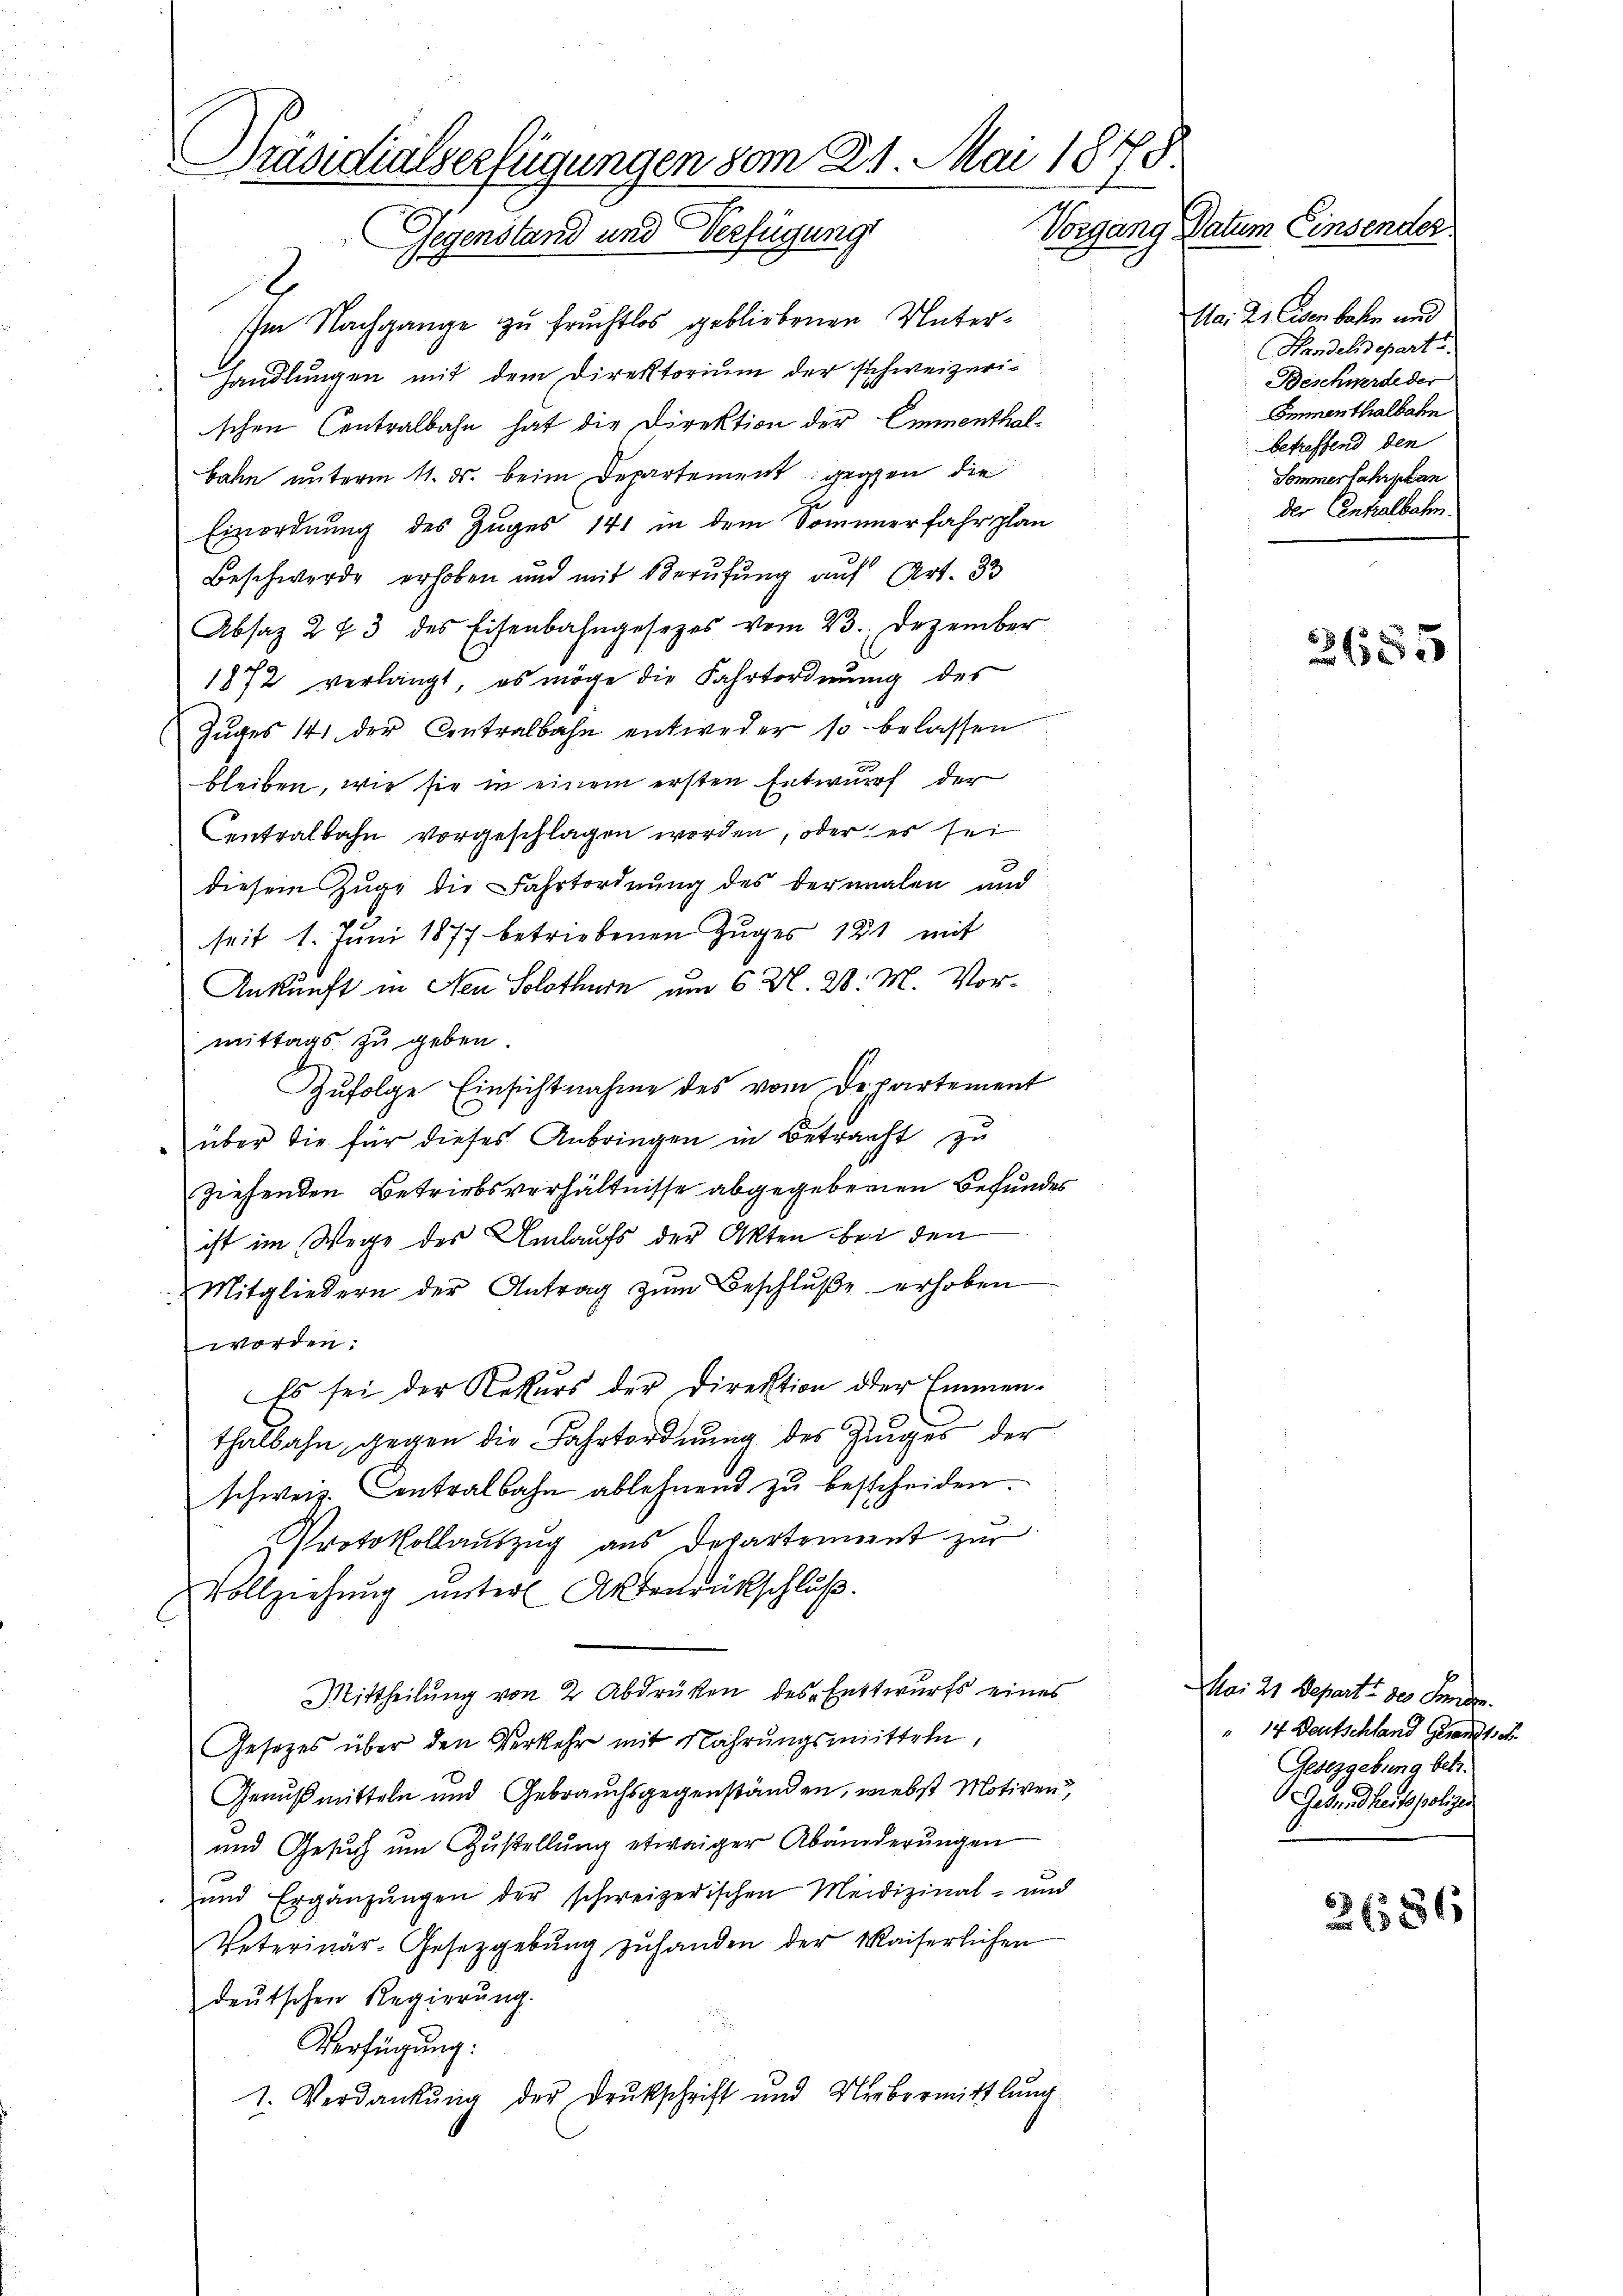
Präsidialverfügungen vom 21. Mai 1848.
Vorgang Datum Einsender
Gegenstand und Verfügung

Im Nachgange zu fruchtlos gebliebenen Unterhandlungen mit dem Direktorium der schweizerischen Centralbahn hat die Direktion der Emmenthalbahn unterm 11. ds. beim Departement gegen die
Einordnung des Zuges 141 in dem Sommerfahrplan
Beschwerde erhoben und mit Berufung auf Art. 33
Absaz 2 & 3 des Eisenbahngesetzes vom 23. Dezember
1872 verlangt, es möge die Fahrtordnung des
Zuges 14 der Centralbahn entweder so belassen
bleiben, wie sie in einem ersten Entwurf der
Centralbahn vorgeschlagen worden, oder es sei
diesem Zuge die Fahrtordnung des dermalen und
seit 1. Juni 1877 betriebenen Zuges 121 mit
Ankunft in Neu Solothurn um 6 N. 28. M. Vormittags zu geben
Zufolge Einsichtnahme des vom Departement
 über die für dieses Anbringen in Betracht zu
ziehenden Betriebsverhältnisse abgegebenen Befundes
ist im Wege des Umlaufs der Akten bei den
Mitgliedern der Antrag zŭm Beschlŭβe erhoben
worden:
Es sei der Rekurs der Direktion der Emmenthalbahn gegen die Fahrtordnung des Zuges der
schweiz. Centralbahn ablehnend zu bescheiden.
Protokollauszug aus Departement zur
Vollziehung unter Aktenrückschluß
s
Mittheilung von 2 Abdrüken des Entwurfs eines
Gesetzes über den Verkehr mit Nahrungsmitteln,
Genußmitteln und Gebrauchsgegenständen, wiebst Motiven,
und Gesuch um Zustellung etwaiger Abänderungen
und Ergänzŭngen der schweizerischen Medizinal- und
Peterinär-Gesetzgebung zŭ handen der Waiserlichen
deutschen Regierung.
Verfügung:
1. Verdankŭng der Drukschrift und Verbermittlung

Na: 21. Eisen beher und
Handelndeparte.
Beschwerde der
Emmenthalbahn
betreffend den
Sommerfahrplan
der Centralbahn.

2/185

Mai 21 Depart der Funden.
" 14 Deutschland Gerants.
Gesezgebung betr.
Gesundheits polizei

2686